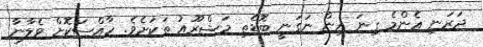
ދަރަނި އެންމެ ގިނަ އިން ނަގަނީ ބޮޑެތި މަޝްރޫއު ތަކަށެވެ. ހާއްސަކޮށް ވެލާނާ